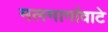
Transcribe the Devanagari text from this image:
मलमार्गावाटे